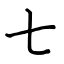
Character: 七